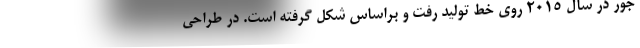
جور در سال 2015 روی خط تولید رفت و براساس شکل گرفته است. در طراحی